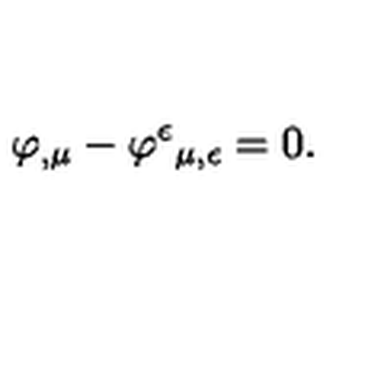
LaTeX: \varphi _ { , \mu } - \varphi ^ { \epsilon } { } _ { \mu , \epsilon } = 0 .